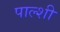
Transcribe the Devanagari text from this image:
पाल्शी